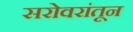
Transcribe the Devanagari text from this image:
सरोवरांतून